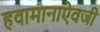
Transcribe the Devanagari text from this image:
हवामानाऐवजी